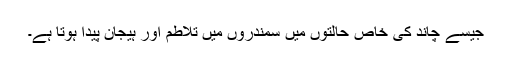
جیسے چاند کی خاص حالتوں میں سمندروں میں تلاطم اور ہیجان پیدا ہوتا ہے۔